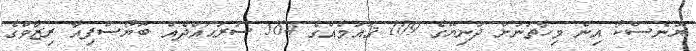
ޔުނެސްކޯ އިން މިހާތަނަށް ދުނިޔޭގެ 109 ޤައުމެއްގެ 564 ސަރަޙައްދެއް ބޮޔޯސްފިއާ ރިޒާވްގެ